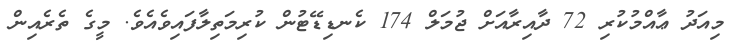
މިއަދު ޢާއްމުކުރި 72 ދާއިރާއަށް ޖުމަލް 174 ކެނޑިޑޭޓުން ކުރިމަތިލާފައިވެއެވެ. މީގެ ތެރެއިން